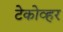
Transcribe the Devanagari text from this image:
टेकोव्हर